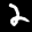
Label: 2